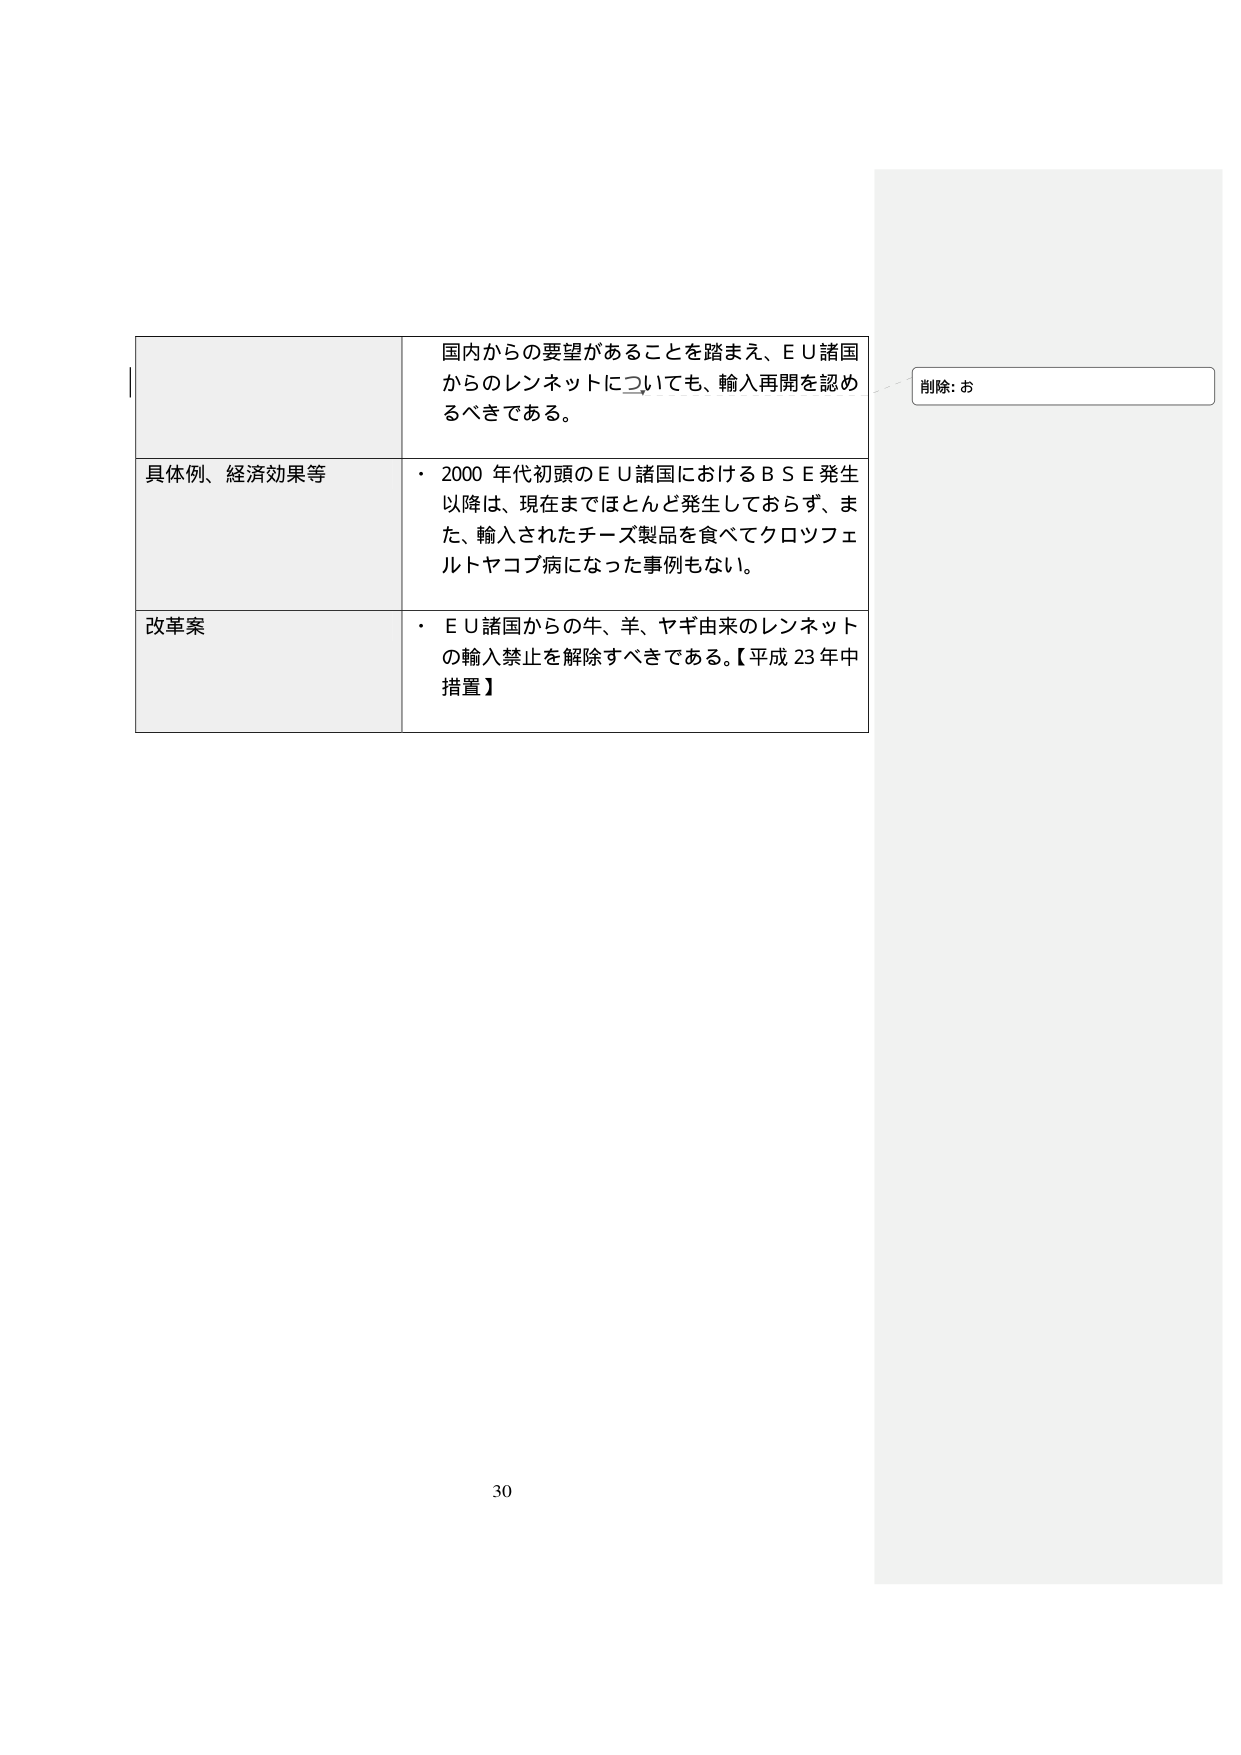
国内からの要望があることを踏まえ、ＥＵ諸国からのレンネットについても、輸入再開を認めるべきである。

具体例、経済効果等
・ 2000 年代初頭のＥＵ諸国におけるＢＳＥ発生以降は、現在までほとんど発生しておらず、また、輸入されたチーズ製品を食べてクロツフェルトヤコブ病になった事例もない。

改革案
・ ＥＵ諸国からの牛、羊、ヤギ由来のレンネットの輸入禁止を解除すべきである。【平成 23 年中措置】

削除: お

30